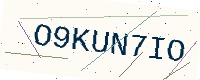
Text: O9KUN7IO